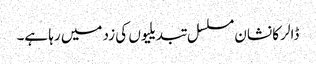
ڈالر کا نشان مسلسل تبدیلیوں کی زد میں رہا ہے۔